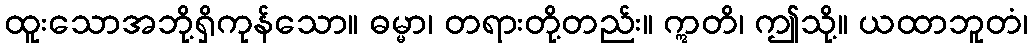
ထူးသောအဘို့ရှိကုန်သော။ ဓမ္မာ၊ တရားတို့တည်း။ ဣတိ၊ ဤသို့။ ယထာဘူတံ၊